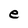
Character: e